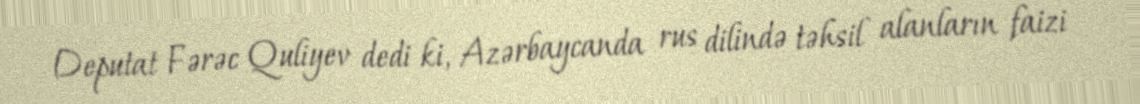
Deputat Fərəc Quliyev dedi ki, Azərbaycanda rus dilində təhsil alanların faizi